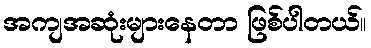
အကျအဆုံးများနေတာ ဖြစ်ပါတယ်။